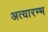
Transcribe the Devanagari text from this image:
अत्यारम्भ